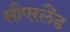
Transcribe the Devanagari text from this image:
सौएरलैंड